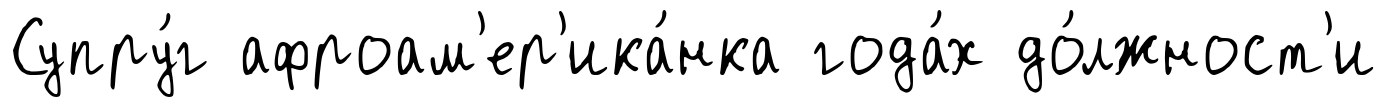
Супру́г афроам'ер'ика́нка года́х до́лжност'и